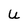
Character: U